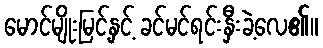
မောင်မျိုးမြင့်နှင့် ခင်မင်ရင်းနှီးခဲ့လေ၏။